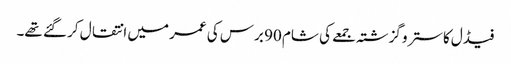
فیڈل کاسترو گزشتہ جمعے کی شام 90 برس کی عمر میں انتقال کر گئے تھے۔